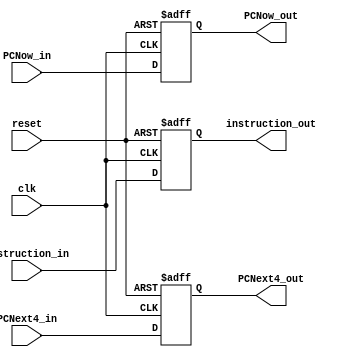
module IF_ID_reg(clk,reset, instruction_in, PCNext4_in, PCNow_in, instruction_out, PCNext4_out, PCNow_out);

    input clk, reset;
	input [31:0] instruction_in,PCNext4_in,PCNow_in;
	output [31:0] instruction_out, PCNext4_out,PCNow_out;
	reg [31:0] instruction_out, PCNext4_out,PCNow_out;
	
	always @(posedge clk or negedge reset)
    begin
    	if (~reset)begin
    		instruction_out <= 32'b0;
			PCNext4_out <= 32'b0;
			PCNow_out <= 0;
    	end
    	else begin
			instruction_out <= instruction_in;
			PCNext4_out <= PCNext4_in;
			PCNow_out <= PCNow_in;
    	end
    end

endmodule